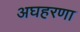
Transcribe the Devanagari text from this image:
अघहरणा